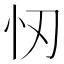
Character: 㣼